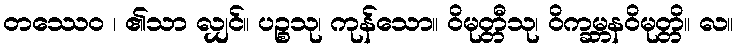
တဿေဝ ၊ ၏သာ လျှင်။ ပဉ္စသု၊ ကုန်သော။ ဝိမုတ္တီသု၊ ဝိက္ခမ္ဘနဝိမုတ္တိ။ လ။